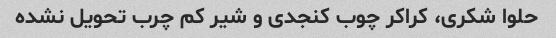
حلوا شکری، کراکر چوب کنجدی و شیر کم چرب تحویل نشده